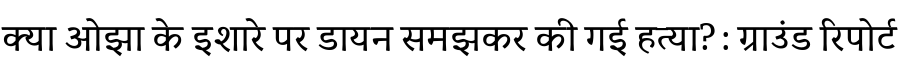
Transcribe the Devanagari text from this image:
क्या ओझा के इशारे पर डायन समझकर की गई हत्या? : ग्राउंड रिपोर्ट